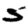
Digit: 5